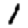
Digit: 1